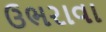
ઉભરાવા